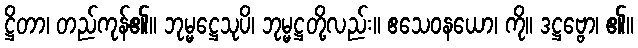
ဋ္ဌိတာ၊ တည်ကုန်၏။ ဘုမ္မဋ္ဌေသုပိ၊ ဘုမ္မဋ္ဌတို့လည်း။ ဧသေဝနယော၊ ကို။ ဒဋ္ဌဗ္ဗော၊ ၏။